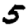
Digit: 5